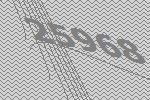
25968